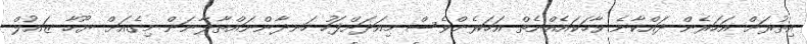
އިތުރަށް އަހަރެން ދައްކާނެ ވާހަކައެއްނެތް އަހަރެންވެސް މިއަދަށްފަހު ހަނދާންނައްތާލާނަން މިގެއަށް ޔޫހާ ޒައުލް